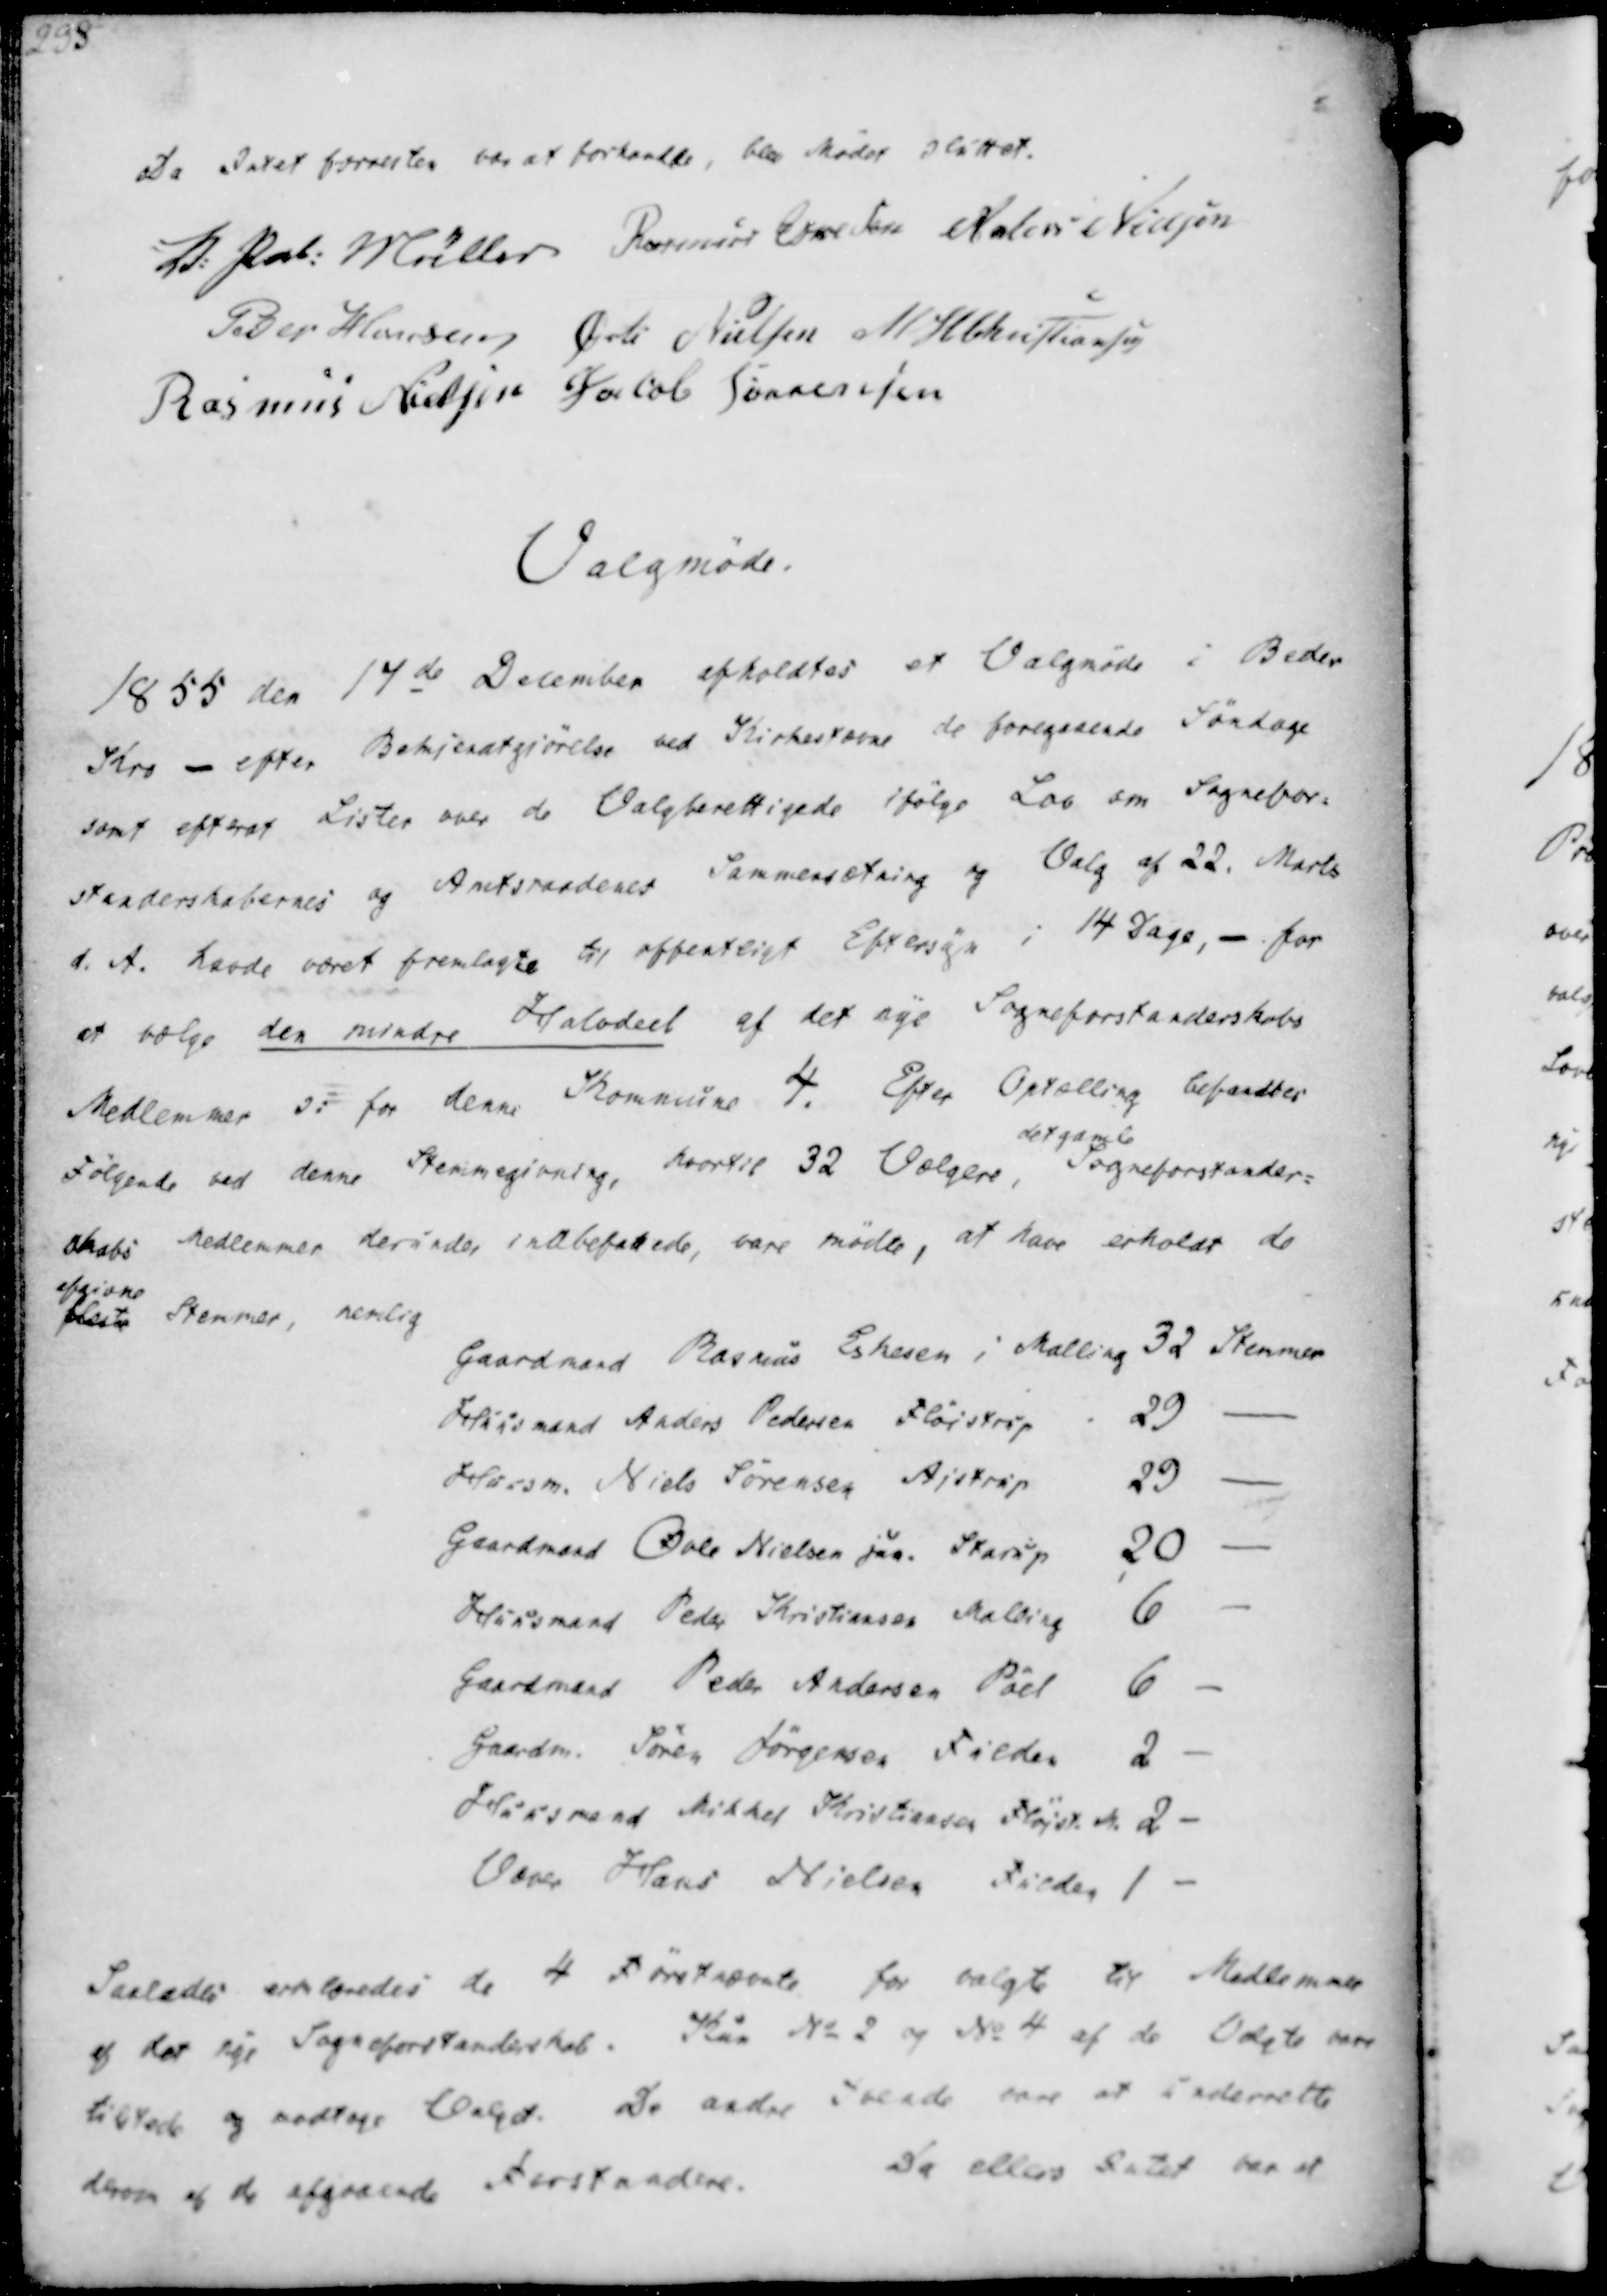
Transskription:
Da Intet forresten var at forhandle, blev Mødes sluttet.
V. Pal. Müller
Rasmus Eskesen
Anders Nielsen
Peder Hansen
Øvli Nielsen
M. H. Christiansen
Rasmus Nielsen
Jacob Sørensen

Valgmøde.

1855 den 17de December afholdtes et Valgmøde i Beder
Kro - efter Bekjendtgjørelse ved Kirkestævne de foregaaende Søndage
samt efterat Lister over de Valgberettigede ifølge Lov om Sognefor-
standerskabernes og Amtsraaderes Sammensætning og Valg af 22. Marts
d. A. havde været fremlagte til offentligt Eftersyn i 14 Dage, - for
at vælge den mindre Halvdeel af det nye Sogneforstanderskabs
Medlemmer ↄ: for denne Kommune 4. Efter Optælling befandtes
Følgende ved denne Stemmegivning, hvortil 32 Vælgere
det gamle
Sogneforstander-
skabs Medlemmer derunder indbefattede, være mødte, at have erholdt do
fleste
afgivne
Stemmer, nemlig

Gaardmand Rasmus Eskesen i Malling 32 Stemmer
Huusmand Anders Pedersen Fløistrup
29
Huusm. Niels Sørensen Ajstrup
29
Gaardmand Øvle Nielsen jun. Starup
20
Huusmand Peder Kristiansen Malling
6
Gaardmand Peder Andersen Pøel
6
Gaardm. Søren Jørgensen Fulden
2
Huusmand Mikkel Kristiansen Fløjst. M. 2
Væver Hans Nielsen Fulden 1

Saaledes erklæredes de 4 Førstnævnte for valgte til Medlemer
af det nye Sogneforstanderskab. Kun No 2 og No 4 af de Valgte være
tilstede og modtage Valget. De andre tvende være at underrette
derom af de afgaaende Forstandere
Da ellers Intet var at